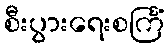
စီးပွားရေးစင်္ကြံ